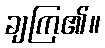
ချကြ၏။